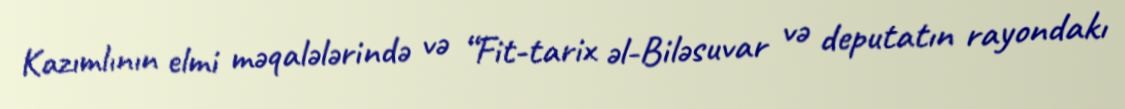
Kazımlının elmi məqalələrində və “Fit-tarix əl-Biləsuvar və deputatın rayondakı